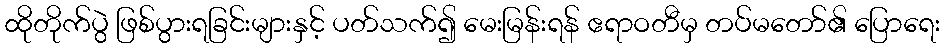
ထိုတိုက်ပွဲ ဖြစ်ပွားရခြင်းများနှင့် ပတ်သက်၍ မေးမြန်းရန် ဧရာဝတီမှ တပ်မတော်၏ ပြောရေး